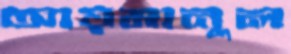
আয়মানুল